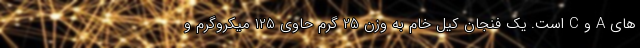
های A و C است. یک فنجان کیل خام به وزن 25 گرم حاوی 125 میکروگرم و